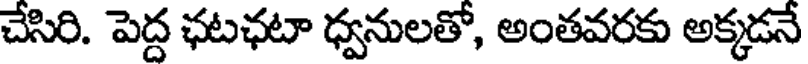
చేసిరి. పెద్ద ఛటఛటా ధ్వనులతో, అంతవరకు అక్కడనే